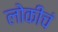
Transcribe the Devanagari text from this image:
लोकीचं